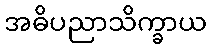
အဓိပညာသိက္ခာယ